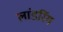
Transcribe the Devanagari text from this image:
लांडरिंग